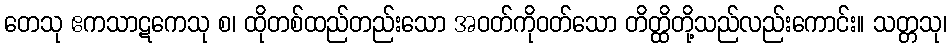
တေသု ဧကသာဋကေသု စ၊ ထိုတစ်ထည်တည်းသော အဝတ်ကိုဝတ်သော တိတ္ထိတို့သည်လည်းကောင်း။ သတ္တသု၊